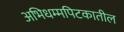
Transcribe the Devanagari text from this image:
अभिधम्मपिटकातील